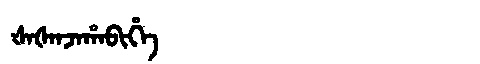
Manchu: ᡧᠠᡧᠠᠨᠵᠠᡥᠠᠪᡳᡥᡝ
Romanization: ŠAŠANJAHABIHE